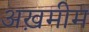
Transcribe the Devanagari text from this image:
अख़मीम